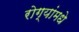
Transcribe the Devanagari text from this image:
रोग्यांमधे